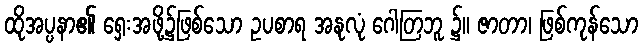
ထိုအပ္ပနာ၏ ရှေးအဖို့၌ဖြစ်သော ဥပစာရ အနုလုံ ဂေါတြဘူ ၌။ ဇာတာ၊ ဖြစ်ကုန်သော